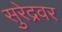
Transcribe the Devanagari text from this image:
सुरेद्रवर